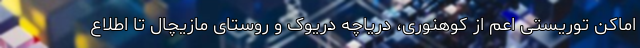
اماکن توریستی اعم از کوهنوری، دریاچه دریوک و روستای مازیچال تا اطلاع